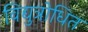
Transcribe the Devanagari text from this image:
विद्युत्रोधित